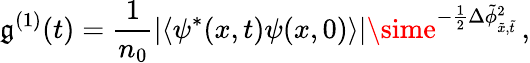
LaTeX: \mathfrak{g}^{(1)}(t)=\frac{{1}}{{n_{0}}}\left|\langle\psi^{*}(x,t)\psi(x,0)\rangle\right|\sime^{-\frac{{1}}{{2}}\Delta\tilde{{\phi}}_{\tilde{{x}},\tilde{{t}}}^{2}}\, ,